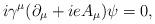
LaTeX: \begin{align*}i{\gamma}^{\mu}({\partial}_{\mu}+ieA_{\mu}){\psi}=0, \end{align*}